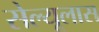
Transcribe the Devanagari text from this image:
सेल्यूलास